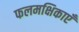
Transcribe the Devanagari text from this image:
फलमक्षिकाएँ